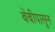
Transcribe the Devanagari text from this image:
बेंबीपासून